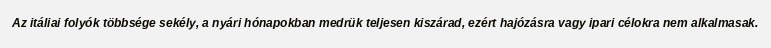
Az itáliai folyók többsége sekély, a nyári hónapokban medrük teljesen kiszárad, ezért hajózásra vagy ipari célokra nem alkalmasak.